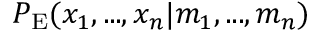
P _ { \mathrm { E } } ( x _ { 1 } , . . . , x _ { n } \vert m _ { 1 } , . . . , m _ { n } )